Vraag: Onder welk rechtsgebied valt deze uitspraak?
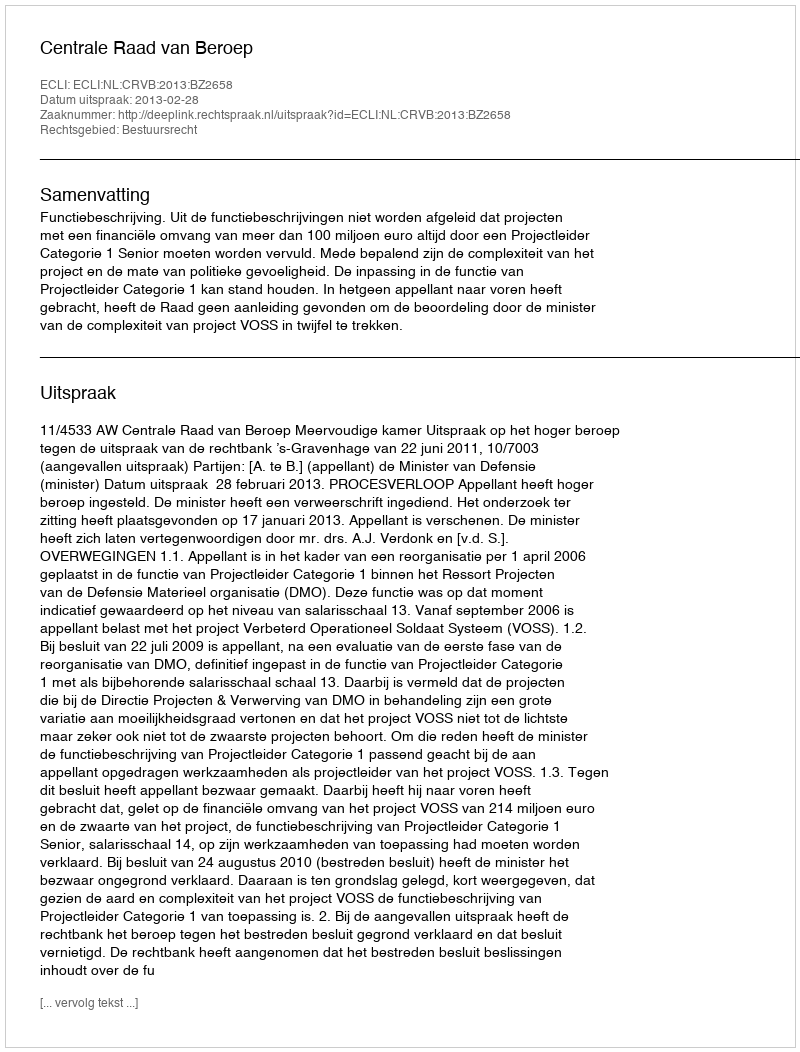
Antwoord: Bestuursrecht